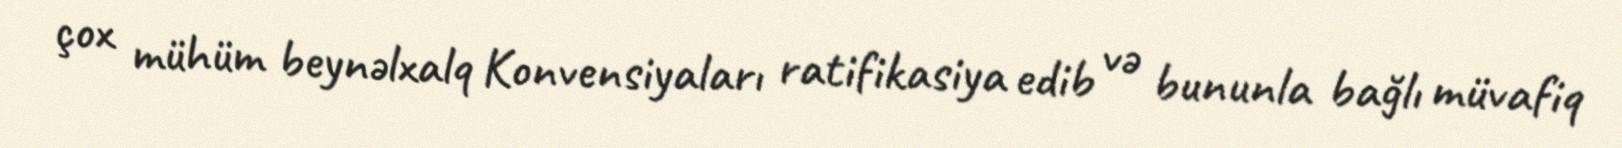
çox mühüm beynəlxalq Konvensiyaları ratifikasiya edib və bununla bağlı müvafiq